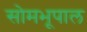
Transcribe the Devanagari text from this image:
सोमभूपाल